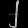
Digit: ၂